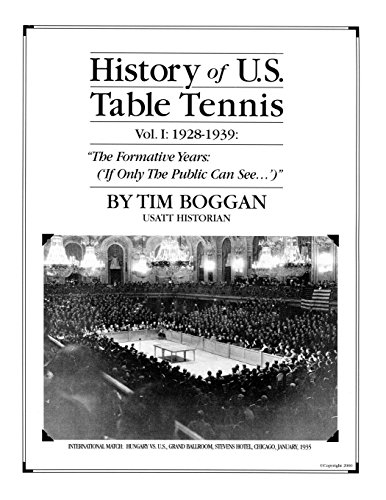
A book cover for History of U.S. Table Tennis Volume 1; Tim Boggan; Sports & Outdoors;